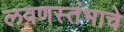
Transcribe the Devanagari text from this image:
लवणस्तंभाचे